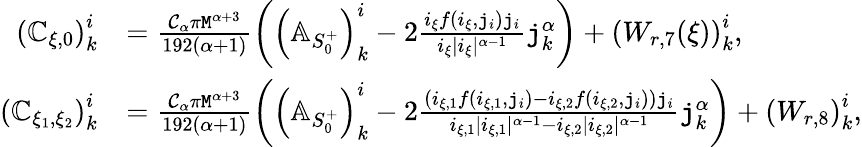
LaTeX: \begin{array}{rl}{\left(\mathbb{C}_{\xi,0}\right)_{k}^{i}}&{=\frac{\mathcal{C}_{\alpha}\pi\mathtt{M}^{\alpha+3}}{192(\alpha+1)}\left(\left(\mathbb{A}_{S_{0}^{+}}\right)_{k}^{i}-2\frac{i_{\xi}f(i_{\xi},\mathtt{j}_{i})\mathtt{j}_{i}}{i_{\xi}|i_{\xi}|^{\alpha-1}}\mathtt{j}_{k}^{\alpha}\right)+\left(W_{r,7}(\xi)\right)_{k}^{i},}\\ {\left(\mathbb{C}_{\xi_{1},\xi_{2}}\right)_{k}^{i}}&{=\frac{\mathcal{C}_{\alpha}\pi\mathtt{M}^{\alpha+3}}{192(\alpha+1)}\left(\left(\mathbb{A}_{S_{0}^{+}}\right)_{k}^{i}-2\frac{\left(i_{\xi,1}f(i_{\xi,1},\mathtt{j}_{i})-i_{\xi,2}f(i_{\xi,2},\mathtt{j}_{i})\right)\mathtt{j}_{i}}{i_{\xi,1}|i_{\xi,1}|^{\alpha-1}-i_{\xi,2}|i_{\xi,2}|^{\alpha-1}}\mathtt{j}_{k}^{\alpha}\right)+\left(W_{r,8}\right)_{k}^{i},}\end{array}